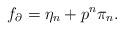
LaTeX: \begin{align*}f_{\partial}=\eta_n+p^n\pi_n.\end{align*}